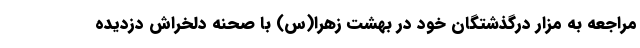
مراجعه به مزار درگذشتگان خود در بهشت زهرا(س) با صحنه دلخراش دزدیده